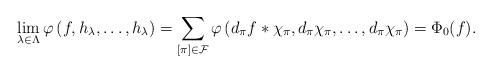
LaTeX: \begin{align*}\lim_{\lambda\in\Lambda}\varphi \left( f,h_\lambda,\dotsc,h_\lambda \right)=\sum_{[\pi]\in\mathcal{F}}\varphi \left( d_\pi f\ast\chi_\pi,d_\pi \chi_\pi,\dotsc,d_\pi \chi_\pi \right)=\Phi_0(f).\end{align*}